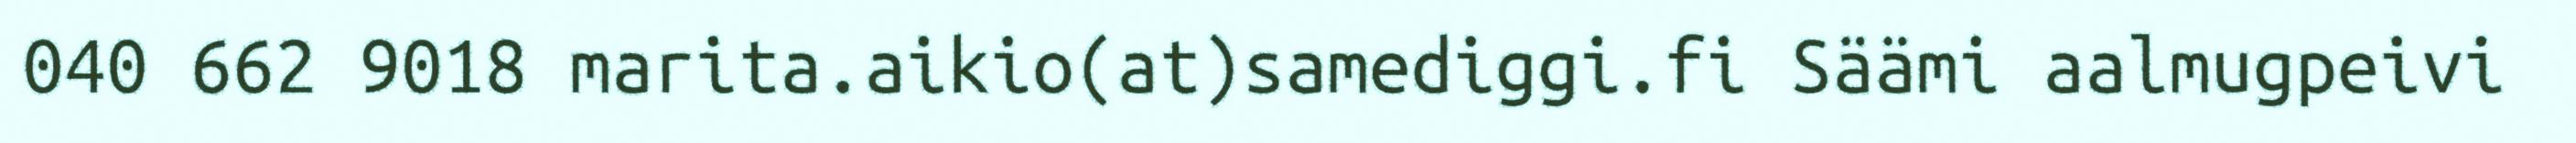
040 662 9018 marita.aikio(at)samediggi.fi Säämi aalmugpeivi